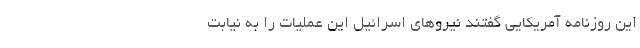
این روزنامه آمریکایی گفتند نیروهای اسرائیل این عملیات را به نیابت